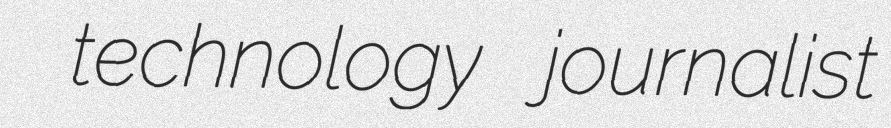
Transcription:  technology journalist